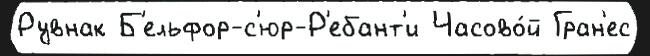
Рувнак Б'ельфор-с'юр-Р'ебант'и Часово́й Гран'ес